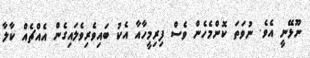
ނޫޅޭނީ އެވެ. ނުވަތަ ކޮންމެހެން ވެސް ފިރިމީހާއާ އެކު ބައިވެރިވެލައިގެން އެއްޗެއް ކާލާ